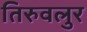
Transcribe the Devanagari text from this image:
तिरुवलुर